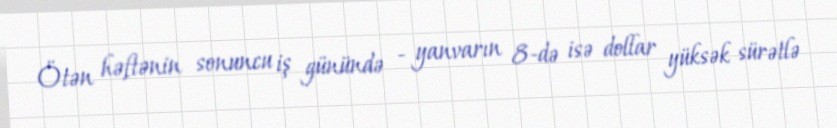
Ötən həftənin sonuncu iş günündə - yanvarın 8-də isə dollar yüksək sürətlə